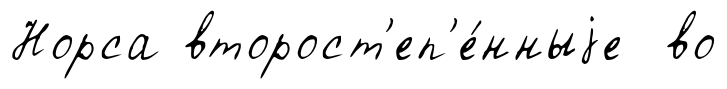
Норса второст'еп'е́нныjе во